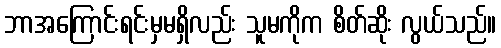
ဘာအကြောင်းရင်းမှမရှိလည်း သူမကိုက စိတ်ဆိုး လွယ်သည်။